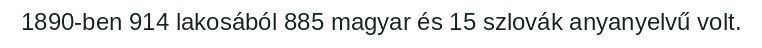
1890-ben 914 lakosából 885 magyar és 15 szlovák anyanyelvű volt.